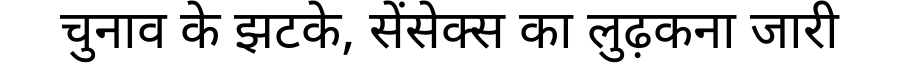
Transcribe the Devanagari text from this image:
चुनाव के झटके, सेंसेक्स का लुढ़कना जारी